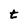
Character: t